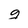
Character: g